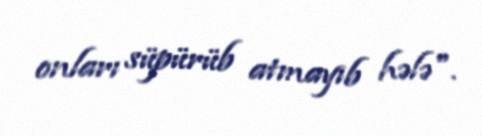
onları süpürüb atmayıb hələ".